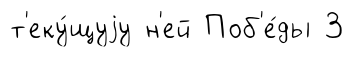
т'еку́щуjу н'ей Поб'е́ды 3